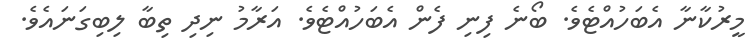
މީރުކާނާ އެބަހުއްޓެވެ. ބޯނެ ފިނި ފެން އެބަހުއްޓެވެ. އަރާމު ނިދި ތިބާ ލިބިގަނައެވެ.